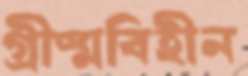
গ্রীষ্মবিহীন